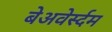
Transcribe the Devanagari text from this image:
बेअवेर्स्दम